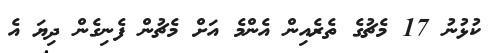
ކުޅުނު 17 މެޗުގެ ތެރެއިން އެންމެ އަށް މެޗުން ފެނިގެން ދިޔަ އެ